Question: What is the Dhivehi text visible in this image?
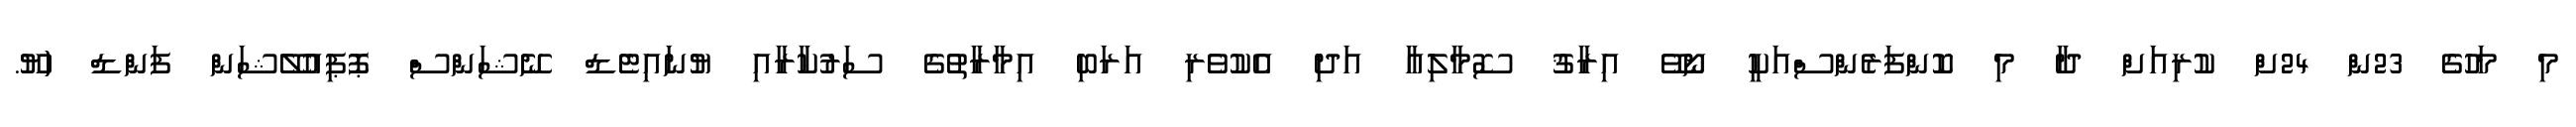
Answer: މި މަހުގެ 23ން 24ށް ކުރިއަށް ދާ މި ކޮންފަރެންސްއަކީ ނޯވޭ އިރާޤު ސޮމާލިއާ އަދި އެކުވެރި އަރަބި އިމާރާތުގެ ސަރުކާރާއި ޔުނައިޓެޑް ނޭޝަންސް ޕޮޕިއުލޭޝަން ފަންޑް (ޔޫ.